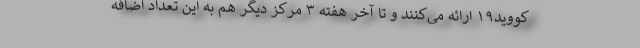
کووید۱۹ ارائه می‌کنند و تا آخر هفته ۳ مرکز دیگر هم به این تعداد اضافه